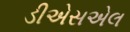
ડીએસએલ